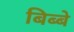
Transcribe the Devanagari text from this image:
बिब्बे